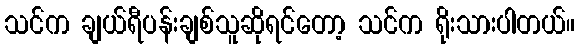
သင်က ချယ်ရီပန်းချစ်သူဆိုရင်တော့ သင်က ရိုးသားပါတယ်။